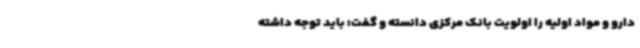
دارو و مواد اولیه را اولویت بانک مرکزی دانسته و گفت: باید توجه داشته